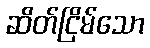
ဆိတ်ငြိမ်သော